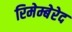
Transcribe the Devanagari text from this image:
रिमेम्बेरेद